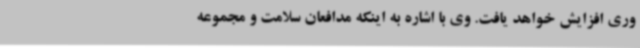
وری افزایش خواهد یافت. وی با اشاره به اینکه مدافعان سلامت و مجموعه